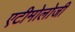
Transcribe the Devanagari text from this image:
एटीमोलोजी